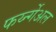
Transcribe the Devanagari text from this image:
फर्य्न्गेअल